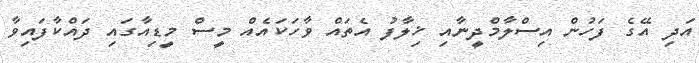
އަދި އޭގެ ފަހުން އިސްލާމްދީނާއި ޚިލާފު އެތައް ވާހަކައެއް މީސް މީޑިއާގައި ދައްކާފައިވާ